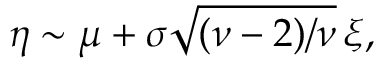
\eta \sim \mu + \sigma \sqrt { ( \nu - 2 ) / \nu } \, \xi ,